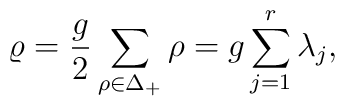
\varrho={g\over2}\sum_{\rho\in{\Delta_+}}\rho=g\sum_{j=1}^r\lambda_j,